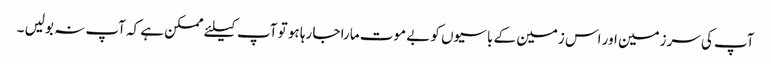
آپ کی سرزمین اور اس زمین کے باسیوں کو بے موت مارا جا رہا ہو تو آپ کیلئے ممکن ہے کہ آپ نہ بولیں ۔